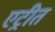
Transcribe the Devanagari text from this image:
एट्रीत